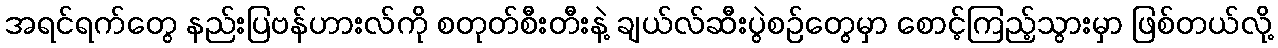
အရင်ရက်တွေ နည်းပြဗန်ဟားလ်ကို စတုတ်စီးတီးနဲ့ ချယ်လ်ဆီးပွဲစဉ်တွေမှာ စောင့်ကြည့်သွားမှာ ဖြစ်တယ်လို့